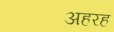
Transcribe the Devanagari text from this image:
अहरह